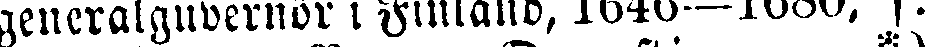
generalguvernör i Finland, 1646—1680, f.